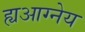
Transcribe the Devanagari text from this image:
ह्यआग्नेय